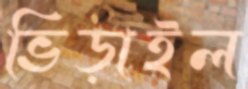
ভিড়াইল